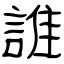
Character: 誰